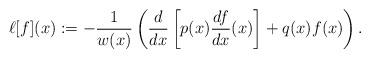
LaTeX: \begin{align*}\ell[f](x):=-\dfrac{1}{w(x)}\left(\dfrac{d}{dx}\left[p(x)\dfrac{df}{dx}(x)\right]+q(x)f(x)\right).\end{align*}